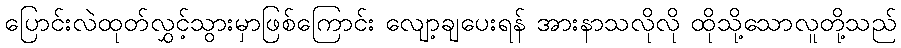
ပြောင်းလဲထုတ်လွှင့်သွားမှာဖြစ်ကြောင်း လျော့ချပေးရန် အားနာသလိုလို ထိုသို့သောလူတို့သည်